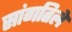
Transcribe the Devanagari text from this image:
सांगतिले